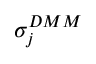
\sigma _ { j } ^ { D M M }